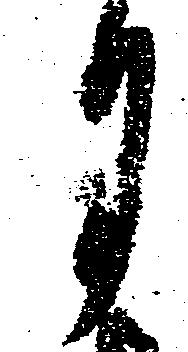
月